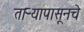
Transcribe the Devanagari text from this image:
ताऱ्यापासूनचे